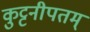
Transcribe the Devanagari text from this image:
कुट्टनीपतम्